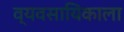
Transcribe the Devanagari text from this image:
व्यवसायिकाला